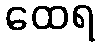
ထေရ